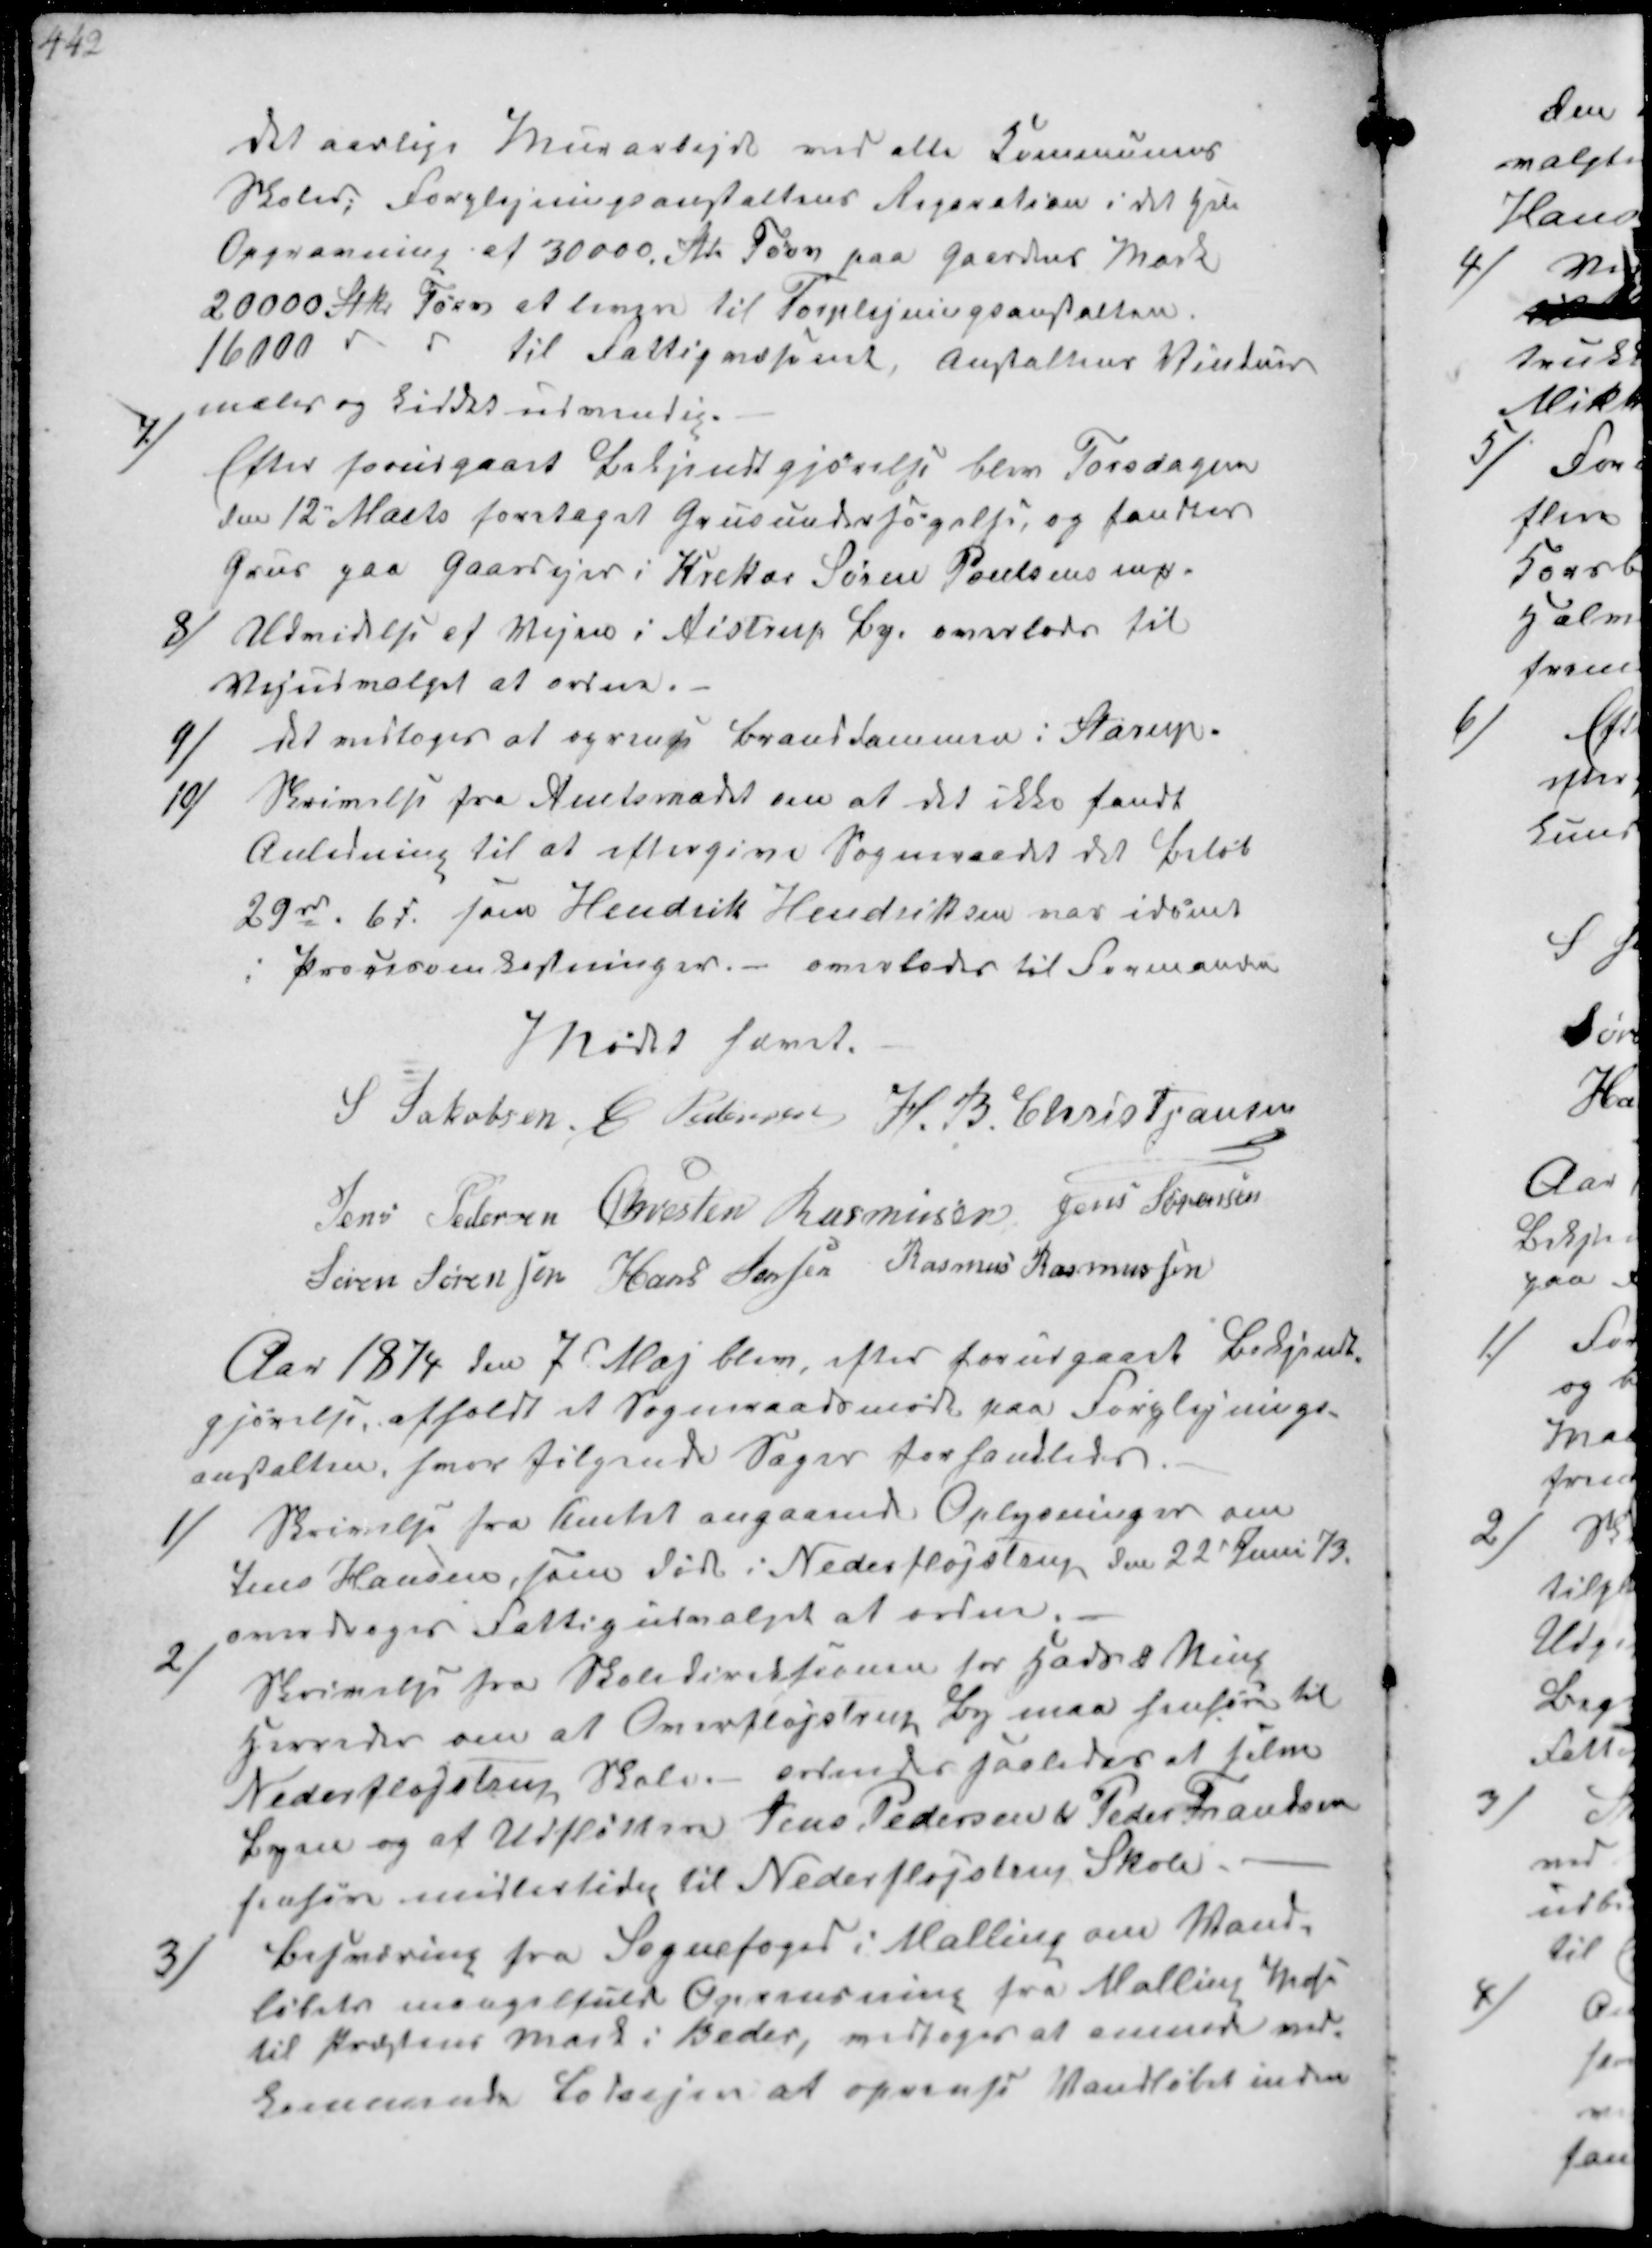
Transskription:
det aarlige Murarbejde ved alle Kommunens
Skoler; Forplejningsanstaltens Reparation i det Hele
Opgravning af 30000 Stk Tørv paa Gaardens Mark 
20000 Stk Tørv at levere til Forplejningsanstalten. 
16000 v v til Fattigvæsenet, Anstaltens Vinduer
males og kiddes udvendig

7/
Efter forudgaaet Bekjendtgjørelse blev Torsdagen
den 12 Marts foretaget Grusundersøgelse, og fandtes
Grus paa Gaardejer i Krekær Søren Poulsens ₻

8/
Udvidelse af Vejen i Aistrup By overlodes til
Vejudvalget at ordne.

9/
det vedtoges at oprense Branddammen i Starup.

10/
Skrivelse fra Amtsraadet om at det ikke fandt
Anledning til at eftergive Sogneraadet det Beløb
29rd 6 s som Hendrik Hendriksen var idømt 
i Procesomkostninger. - overlades til Formanden

Mødet hævet.
S Jakobsen C Pedersen H.B. Christjansen
Jens Pedersen Chresten Rasmusen Jens Sørensen
Søren Sørensen Hans Jersen Rasmus Rasmussen

Aar 1874 den 7d Maj blev efter forudgaaet Bekjendt-
gjørelse, afholdt et Sogneraadsmøde paa Forplejnings-
anstalten, hvor følgende Sager forhandledes.

1/
Skrivelse fra Amtet angaaende Oplysninger om
Jens Hansen, som døde i Nederfløjstrup den 22d Juni 73.
overdroges Fattigudvalget at ordne.

2/
Skrivelse fra Skoledirecsionen for Hads & Ning
Herreder om at Overfløjstrup By maa henhøre til
Nederfløjstrup Skole. ordendes saaledes at film
 og at Udfløtteren Jens Pedersen Peder Fandsen
henhøre midlertidig til Nederfløjstrup Skole.

3)
Besværing fra Sognefoged i Malling om Vand-
løbets mangelfuld Oprensning fra Malling Skole
til Præstens Mark i Beder, vedtoges at anmode ved-
kommende Lodsejer at oprense Vandløbet inden